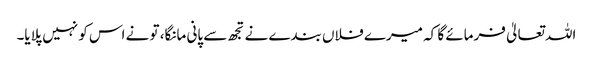
اللہ تعالیٰ فرمائے گا کہ میرے فلاں بندے نے تجھ سے پانی مانگا، تو نے اس کو نہیں پلایا۔